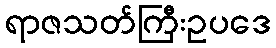
ရာဇသတ်ကြီးဥပဒေ